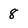
Character: 8